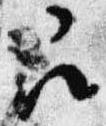
召